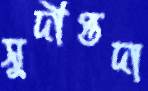
সুদীপ্তদা